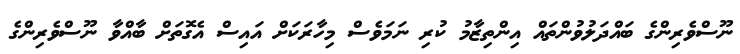
ނޫސްވެރިންގެ ބައްދަލުވުންތައް އިންތިޒާމު ކުރި ނަމަވެސް މިހާރަކަށް އައިސް އެގޮތަށް ބާއްވާ ނޫސްވެރިންގެ